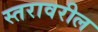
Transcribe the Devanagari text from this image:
स्‍तरावरील